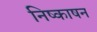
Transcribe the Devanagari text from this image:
निष्काषन